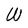
Character: W